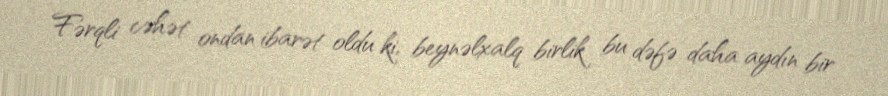
Fərqli cəhət ondan ibarət oldu ki, beynəlxalq birlik bu dəfə daha aydın bir